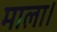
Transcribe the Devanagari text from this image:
माला।